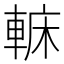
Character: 𨌟